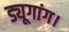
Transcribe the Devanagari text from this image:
ड्यूगांग।